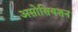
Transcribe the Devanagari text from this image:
असोसियशन